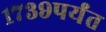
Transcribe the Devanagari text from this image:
१७३९पर्यंत